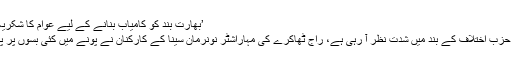
’بھارت بند کو کامیاب بنانے کے لیے عوام کا شکریہ‘... کانگریس
مہاراشٹر میں حزب اختلاف کے بند میں شدت نظر آ رہی ہے، راج ٹھاکرے کی مہاراشٹر نونرمان سینا کے کارکنان نے پونے میں کئی بسوں پر پتھر بازی کی۔